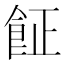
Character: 𩚫